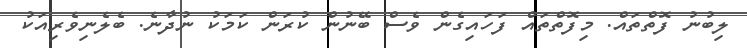
ލިބުނު ފޮތްތައް. މިފޮތްތައް ފަހައިގެން ވެސް ބޭނުން ކުރަން ކަމަކު ނުދާނެ. ބެލެނިވެރިއަކު